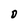
Character: D